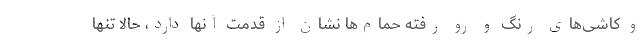
و کاشی‌های رنگ و رو رفته حمام‌ها نشان از قدمت آنها دارد، حالا تنها